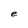
Character: e